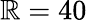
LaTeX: \mathbb{R}=40